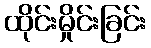
ထိုင်းမှိုင်းခြင်း